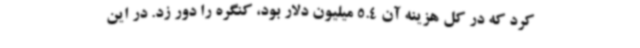
کرد که در کل هزینه آن 5.4 میلیون دلار بود، کنگره را دور زد. در این